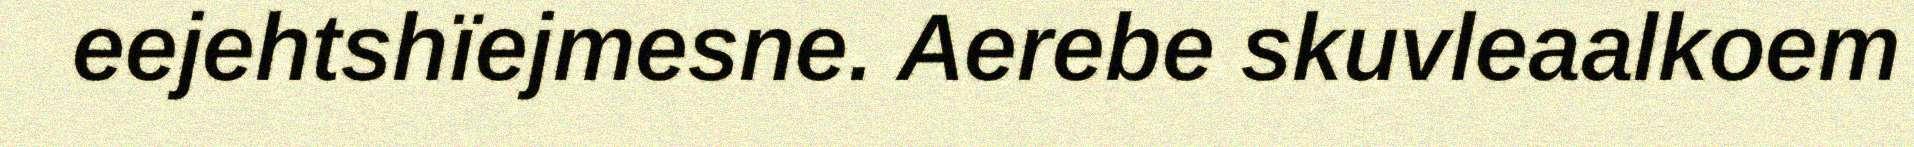
eejehtshïejmesne. Aerebe skuvleaalkoem